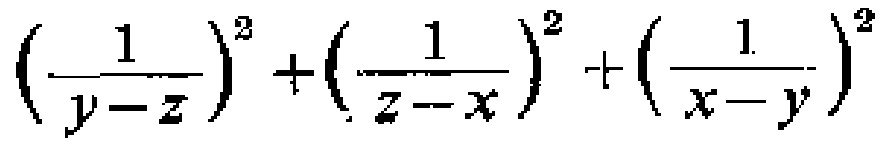
\(\left(\frac{1}{y - z}\right)^2 + \left(\frac{1}{z - x}\right)^2 + \left(\frac{1}{x - y}\right)^2\)